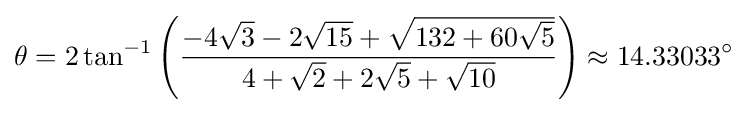
\theta =2\tan ^{-1}\left({\frac {-4{\sqrt {3}}-2{\sqrt {15}}+{\sqrt {132+60{\sqrt {5}}}}}{4+{\sqrt {2}}+2{\sqrt {5}}+{\sqrt {10}}}}\right)\approx 14.33033^{\circ }